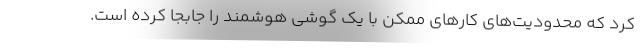
کرد که محدود‌یت‌های کارهای ممکن با یک گوشی هوشمند را جابجا کرده است.